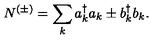
N ^ { ( \pm ) } = \sum _ { k } a _ { k } ^ { \dagger } a _ { k } \pm b _ { k } ^ { \dagger } b _ { k } .